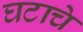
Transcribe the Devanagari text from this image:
घटाचे